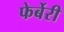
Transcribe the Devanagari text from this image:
फेर्बेरी